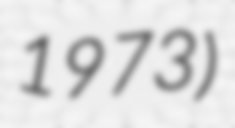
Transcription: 1973)